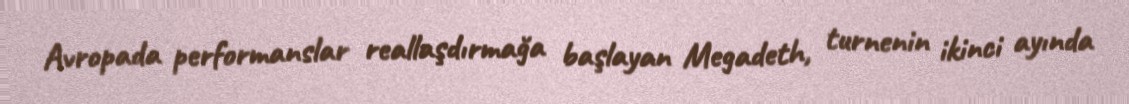
Avropada performanslar reallaşdırmağa başlayan Megadeth, turnenin ikinci ayında